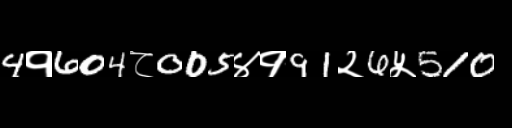
Text: 4१604८005४१91२6५510